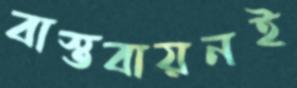
বাস্তবায়নই